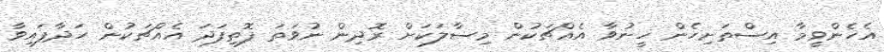
އެހެންވީމާ އިސްތަށިހެން ހީނުވާ އެއްޗަކުން މިސާލަކަށް ރޮދިން ނުވަތަ ފޮތިފަދަ އެއްޗަކުން ހަދާފައިވާ